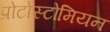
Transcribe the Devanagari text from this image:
प्रोटोस्टोमियन